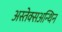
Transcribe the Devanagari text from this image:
अस्तेक्सअन्थिन